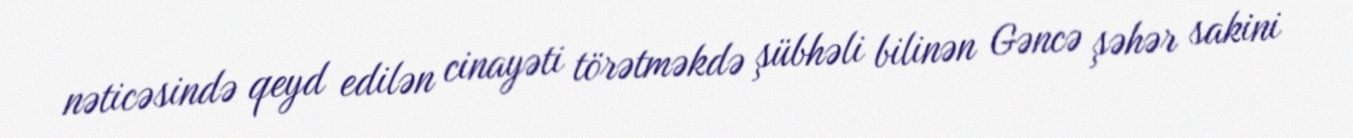
nəticəsində qeyd edilən cinayəti törətməkdə şübhəli bilinən Gəncə şəhər sakini